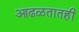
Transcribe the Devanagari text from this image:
आढळतातही